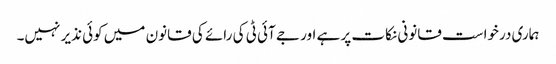
ہماری درخواست قانونی نکات پر ہے اور جے آئی ٹی کی رائے کی قانون میں کوئی نذیر نہیں۔